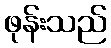
ဖုန်းသည်